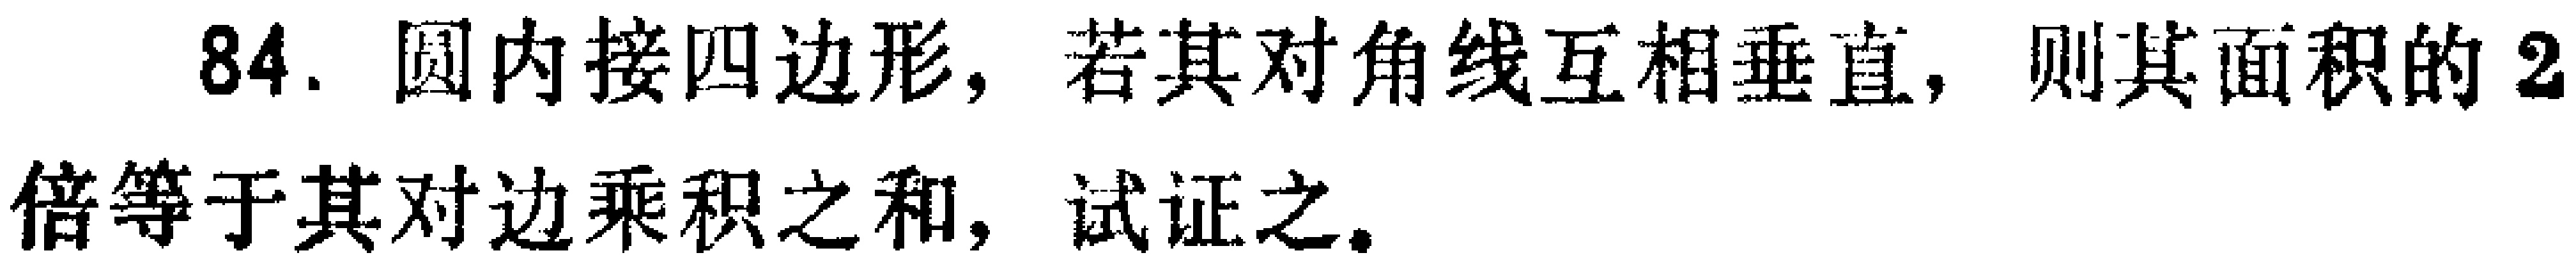
84. 圆内接四边形，若其对角线互相垂直，则其面积的2倍等于其对边乘积之和，试证之。